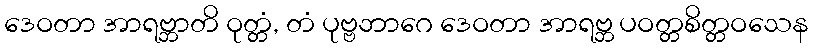
ဒေဝတာ အာရဗ္ဘာတိ ဝုတ္တံ, တံ ပုဗ္ဗဘာဂေ ဒေဝတာ အာရဗ္ဘ ပဝတ္တစိတ္တဝသေန